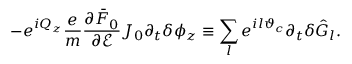
- e ^ { i Q _ { z } } \frac { e } { m } \frac { \partial \bar { F } _ { 0 } } { \partial \mathcal { E } } J _ { 0 } \partial _ { t } \delta \phi _ { z } \equiv \sum _ { l } e ^ { i l \vartheta _ { c } } \partial _ { t } \delta \hat { G } _ { l } .